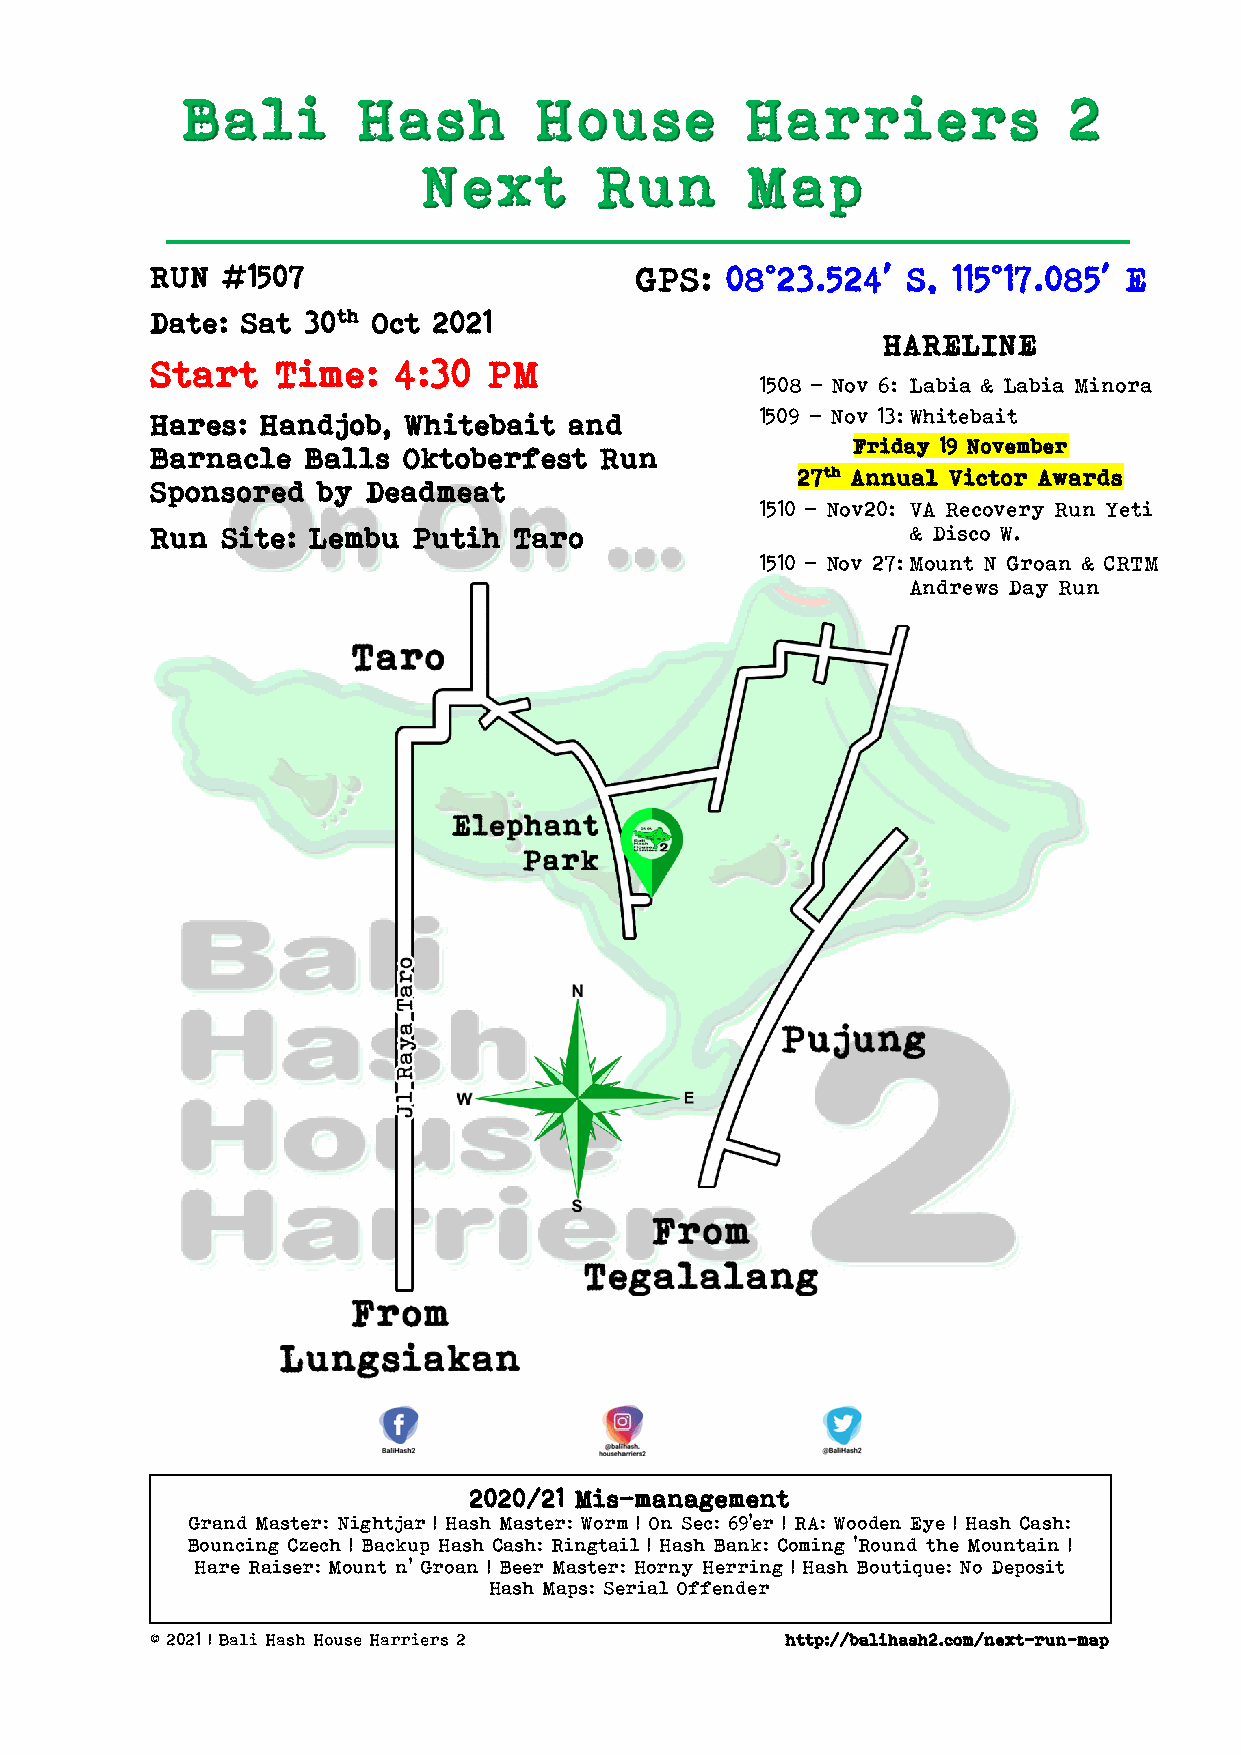
Bali        Hash        House        Harriers              2
 Next        Run       Map
 RUN  #1507                      GPS:  08°23.524′  S, 115°17.085′ E
 Date: Sat 30th Oct 2021
 HARELINE
 Start   Time:   4:30  PM
 1508 - Nov 6: Labia & Labia Minora
 Hares: Handjob,  Whitebait  and         1509 – Nov 13: Whitebait
 Friday 19 November
 Barnacle  Balls  Oktoberfest  Run
 27th Annual Victor Awards
 Sponsored  by Deadmeat
 1510 - Nov20: VA Recovery Run Yeti
 Run  Site: Lembu Putih  Taro                      & Disco W.
 1510 - Nov 27: Mount N Groan & CRTM
 Andrews Day Run
 2020/21 Mis-management
 Grand Master: Nightjar | Hash Master: Worm | On Sec: 69’er | RA: Wooden Eye | Hash Cash:
 Bouncing Czech | Backup Hash Cash: Ringtail | Hash Bank: Coming ‘Round the Mountain |
 Hare Raiser: Mount n’ Groan | Beer Master: Horny Herring | Hash Boutique: No Deposit
 Hash Maps: Serial Offender
 © 2021 | Bali Hash House Harriers 2       http://balihash2.com/next-run-map